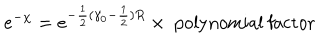
LaTeX: e ^ { - \chi } = e ^ { - \frac 1 2 ( \gamma _ { 0 } - \frac 1 2 ) R } \times \mathrm { ~ p o l y n o m i a l ~ f a c t o r }